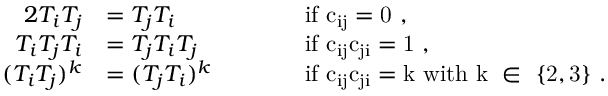
\begin{array} { r l r l } { { 2 } T _ { i } T _ { j } } & { = T _ { j } T _ { i } } & { \qquad } & { \mathrm { i f ~ c _ { i j } = 0 ~ } , } \\ { T _ { i } T _ { j } T _ { i } } & { = T _ { j } T _ { i } T _ { j } } & & { \mathrm { i f ~ c _ { i j } c _ { j i } = 1 ~ } , } \\ { ( T _ { i } T _ { j } ) ^ { k } } & { = ( T _ { j } T _ { i } ) ^ { k } } & & { \mathrm { i f ~ c _ { i j } c _ { j i } = k ~ w i t h ~ k ~ \in ~ \{ 2 , 3 \} ~ } . } \end{array}